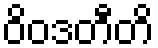
ဝိဝဒတီတိ